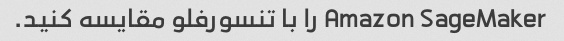
Amazon SageMaker را با تنسورفلو مقایسه کنید.